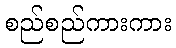
စည်စည်ကားကား